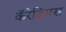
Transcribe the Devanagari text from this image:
कॅरेड्रियस